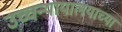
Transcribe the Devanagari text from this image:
उच्चन्यायालयाच्या